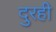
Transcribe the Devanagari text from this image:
दुरही